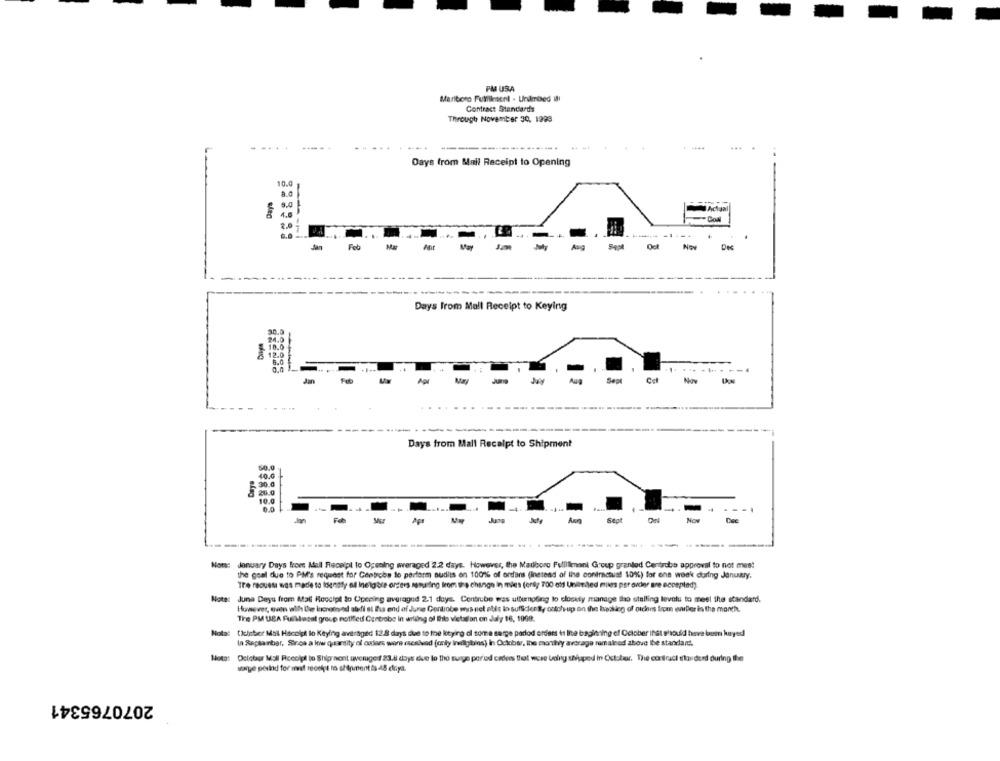
PM USA
Maritoro Fullilesent . Undmixed Il
Contract Standards
Through November 30, 1999
...
.....
. ....
Days from Mail Receipt to Opening
10.0
a.c
- Goal
Jan
Feb
Days From Mall Receipt to Keying
30.0
94.0
10.0
8 12.0
8.4
.........
Jan
Days from Mall Receipt to Shipment
50.0
40.0
: 30.0
10.0
0.0
-
Not: January Days from Mall Recelpl to Opening averaged 2.2 days. However, the Madboro Fullilimoni Group granted Centrobo approval to not mes!
the goal due to PM's request for Centrobs to perform audiis en 100% of ordans (instead of the contractus! 10%) for one week during January,
Tre rouesi was made to Idenaty all Inelig bie orgiees assuring from the change in mes (orsy 700 ald Unlimited miles per ovder are accepted)
Nota: June Deyu from Mal Receipt to Opening averaged 2.1 days. Centrube was utfunpfing to closely manage tho stalling levelu to meel the standard.
However, even with the lucresynd aledi at the end of June Centrobe muss niet able in sufficlen By ontch-up on the tracking of otdies from wwwller in the month.
Tire PM UBA Fullasal group notified Centrobe In arkaing of this vietason on July 16, 1009.
Notat DIcinber Mal Hocolat lo Keying averaged 12.8 days due to the kotying ol some serge parlod orders it Ine beginning of October inst should have been kayed
In Repsanbar, Soros a low quantity of colaes were (sesived [only inilgibins) in Ockiber, the montly average remained above the standart.
Nota: Ociotor Mall Rcecipl to Ship nont averaged 83.8 days due to the surge period cedens that were bolly shaped in October, The contract standerd during the
waye period for mnt receipt ro shipment is 45 claya.
2070765341